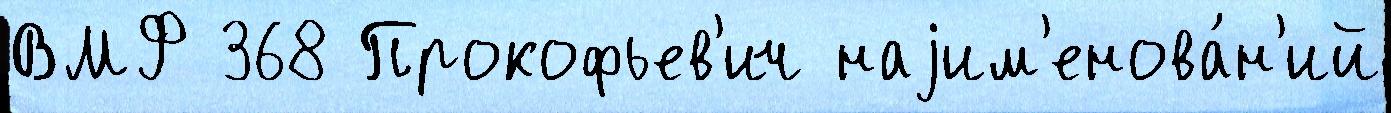
ВМФ 368 Прокофьев'ич наjим'енова́н'ий